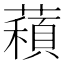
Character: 𦿽